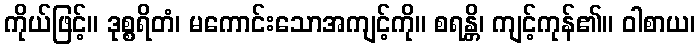
ကိုယ်ဖြင့်။ ဒုစ္စရိတံ၊ မကောင်းသောအကျင့်ကို။ စရန္တိ၊ ကျင့်ကုန်၏။ ဝါစာယ၊